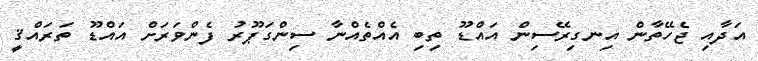
އަދާއި ޖެހޭތާން އިނގިރޭސިން އައްޑޫ ތިބި އެއްތެއްނާ ސިންގަޕޫރު ފެންވަރަށް އައްޑޫ ތަރައްޤީ